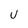
Character: U